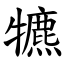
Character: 犥